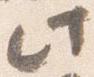
此